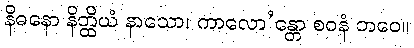
နိဓနော နိတ္ထိယံ နာသော၊ ကာလော’န္တော စဝနံ ဘဝေ။